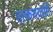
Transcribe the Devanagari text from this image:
तत्कथयामि